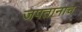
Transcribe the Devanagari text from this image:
जपतानाच